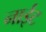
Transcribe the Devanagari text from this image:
नाईट